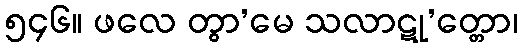
၅၄၆။ ဖလေ တွာ’မေ သလာဋု’တ္တော၊